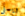
ويسلى